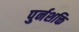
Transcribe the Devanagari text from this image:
पुर्नशक्ति